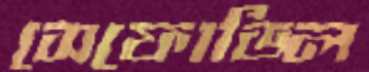
সেফোডিল